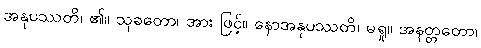
အနုပဿတိ၊ ၏။ သုခတော၊ အား ဖြင့်။ နောအနုပဿတိ၊ မရှု။ အနတ္တတော၊